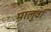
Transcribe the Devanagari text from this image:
मालुवां